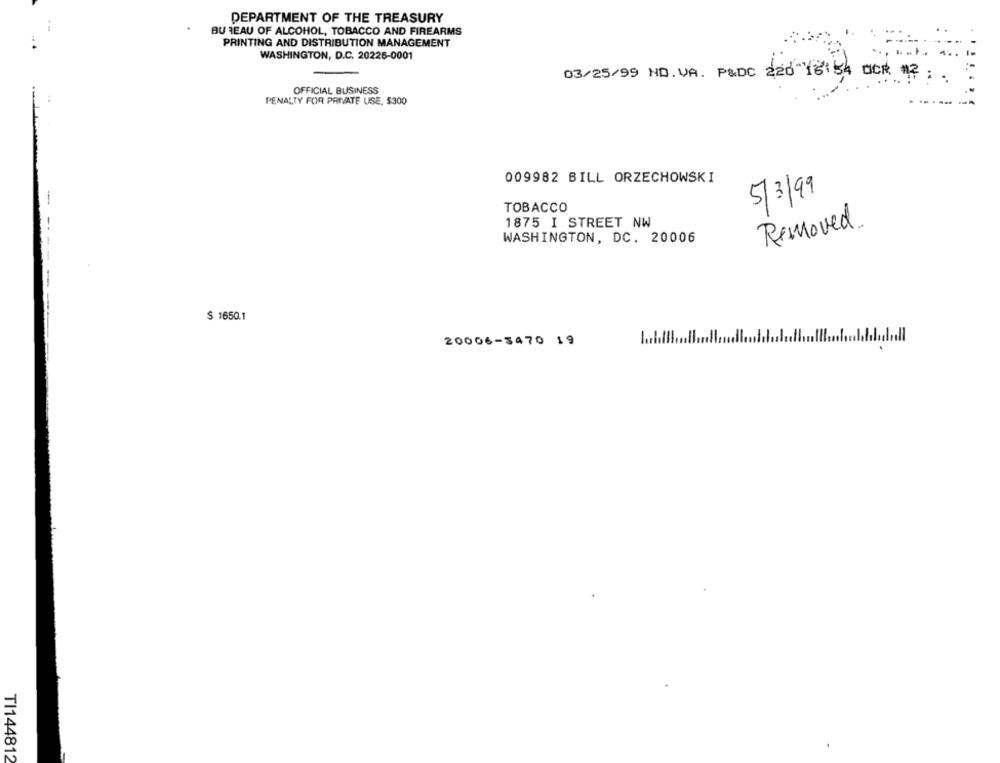
DEPARTMENT OF THE TREASURY
BU TEAU OF ALCOHOL, TOBACCO AND FIREARMS
PRINTING AND DISTRIBUTION MANAGEMENT
WASHINGTON, D.C. 20226-0001
03/25/99 ND. VA. P&DC 226"16:54 OCK "? . .
OFFICIAL BUSINESS
PENALTY FOR PRIVATE USE, $300
009982 BILL ORZECHOWSKI
5/3/99
TOBACCO
1875 I STREET NW
Removed.
WASHINGTON, DC. 20006
$ 1650.1
20006-3470 19
TI144812